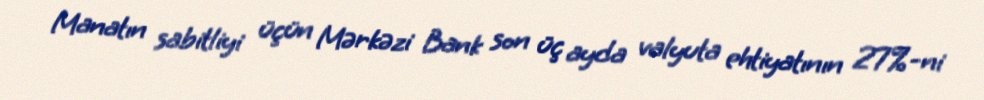
Manatın sabitliyi üçün Mərkəzi Bank son üç ayda valyuta ehtiyatının 27%-ni